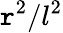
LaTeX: \mathtt{r}^{2}/l^{2}